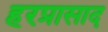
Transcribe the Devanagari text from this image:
हरप्रासाद